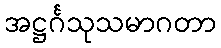
အဋ္ဌင်္ဂသုသမာဂတာ